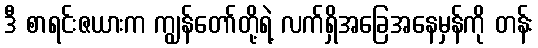
ဒီ စာရင်းဇယားက ကျွန်တော်တို့ရဲ့ လက်ရှိအခြေအနေမှန်ကို တန်း